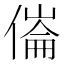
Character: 𠍓